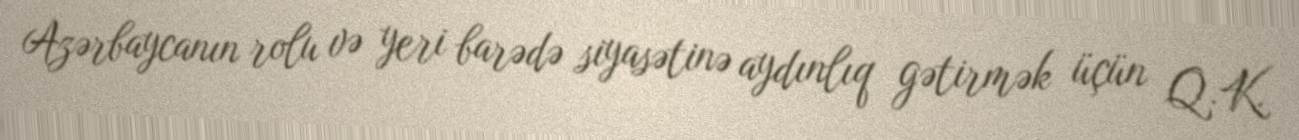
Azərbaycanın rolu və yeri barədə siyasətinə aydınlıq gətirmək üçün Q.K.